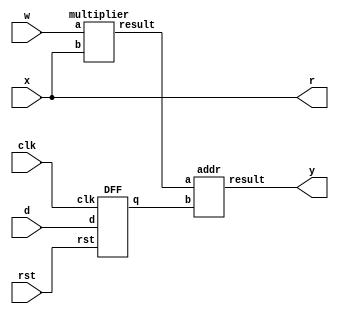
module process_element
(
input clk,rst,
input signed [31:0] w,x,d,
output signed [31:0] y,r

);
wire signed [31:0] w_1,w_2;
multiplier u_mult
( .a(w),
  .b(x),
  .result(w_1)
);


addr u_add
( .a(w_1),
  .b(w_2),
  .result(y)
);

DFF u_dff
( .clk(clk),
  .rst(rst),
  .d(d),
  .q(w_2)
);

assign r=x;

endmodule

module DFF
(
input clk,rst,
input signed[31:0] d,
output reg signed [31:0] q 
);
    
always@ (posedge clk, posedge rst)
    if(rst)
        q<=0;
    else
        q<=d;
endmodule

module addr
(
    input signed [31:0]a,b,
    output signed[31:0]result
);
assign result =  a+b;

endmodule

module multiplier
(
    input signed [31:0]a,b,
    output signed[31:0]result
);
assign result =  a*b;

endmodule